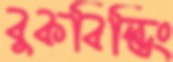
বুকবিল্ডিং